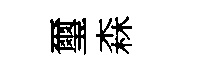
璽森